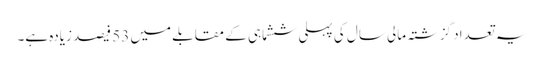
یہ تعداد گزشتہ مالی سال کی پہلی ششماہی کے مقابلے میں 53 فیصد زیادہ ہے۔